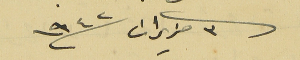
٣ حزيران سنة ١٩٤٢